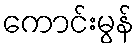
ကောင်းမွန်